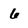
Character: 6